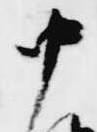
中